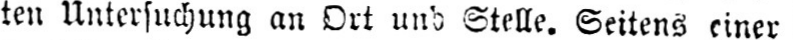
ten Untersuchung an Ort und Stelle. Seitens einer